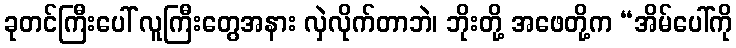
ခုတင်ကြီးပေါ် လူကြီးတွေအနား လှဲလိုက်တာဘဲ၊ ဘိုးတို့ အဖေတို့က “အိမ်ပေါ်ကို